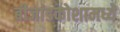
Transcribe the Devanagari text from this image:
बीजांडकोशामध्ये